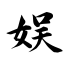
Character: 娱